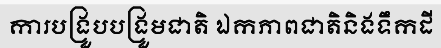
ការបង្រួបបង្រួមជាតិ ឯកភាពជាតិនិងទឹកដី